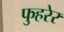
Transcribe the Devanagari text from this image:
फुहरेर